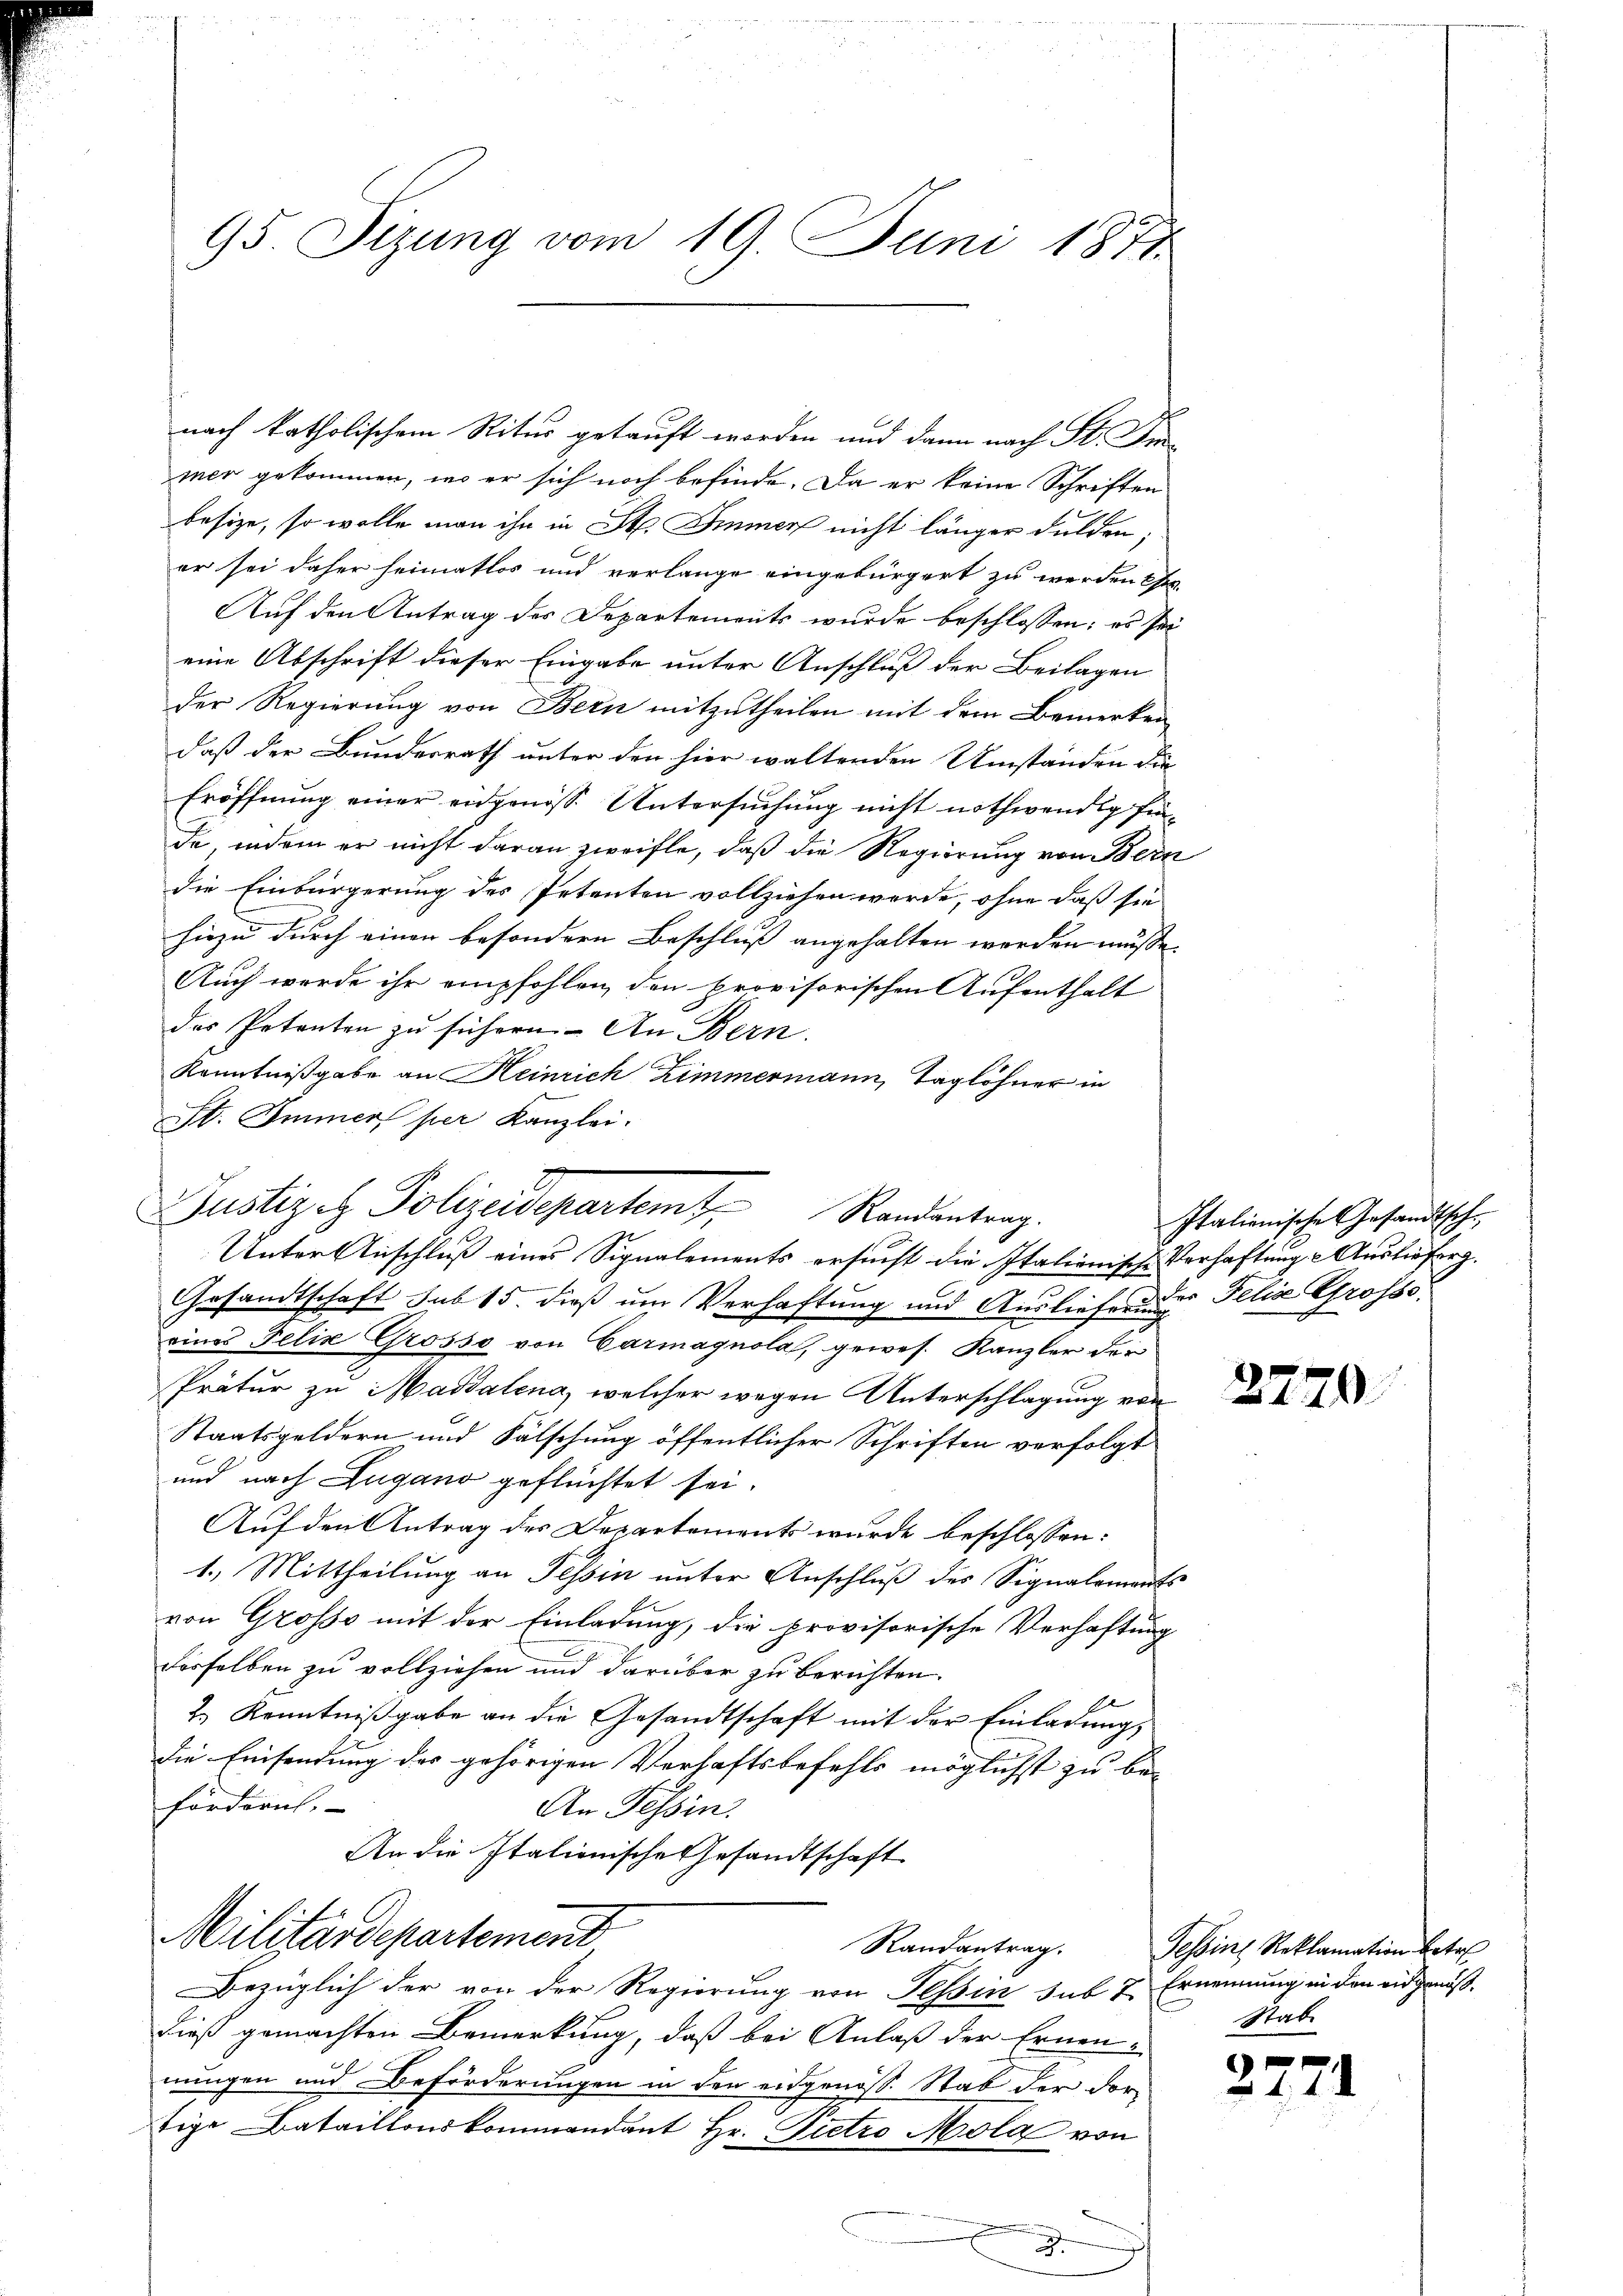
95 Sizung vom 19. Juni 1871

nach katholischem Ritus gekauft worden und dann nach St. Fin
mer gekommen, wo er sich noch befinde. Da er keine Schriften
besize, so wolle man ihn in St. Immer nicht länger dulden;
er sei daher heimatlos und verlange eingebürgert zu werden se
Auf den Antrag des Departements wurde beschlossen: es sei
eine Abschrift dieser Eingabe unter Anschluß der Beilagen
der Regierung von Bern mitzutheilen mit dem Bemerken
daß der Bundesrath unter den hier waltenden Umständen die
Eröffnung einer eidgenöss. Untersuchung nicht nothwendig finda, indem er nicht daran zweifle, daß die Regierung von Bern
die Einbürgerung des Petenten vollziehen werde, ohne daß sie
hiezu durch einen besondern Beschluß angehalten worden müsse.
Auch werde ihr empfohlen, den provisorischen Aufenthalt
des Petenten zu sichern. An Bern.
Kenntnißgabe an Heinrich Zimmermann, Taglöhner in
St. Immer per Kanzlei.
Unter Anschluß eines Signalements ersucht die Italionische Verhaftung Auslieferg.
Gesandtschaft sub 15. dieß um Verhaftung und Auslieferung Felis Grosse
eines Felix Grosso von Garmagnola, gewes. Kanzler der
Prätur zu Magdalena, welcher wegen Unterschlagung von
Staatsgeldern und Fälschung öffentlicher Schriften verfolgt
und nach Zugano geflüchtet sei.
Auf den Antrag des Departements wurde beschlossen:
1.) Mittheilung an Tessin unter Anschluß des Signalements
von Grosso mit der Einladung, die provisorische Verhaftung
derselben zu vollziehen und darüber zu berichten.
2.) Kenntniβgabe an die Gesandtschaft mit der Einladŭng,
die Einsendung der gehörigen Verhaftsbefehls möglichst zu be-
fördern.
An Tessin.
An die Italienische Gesandtschaft
Militärdepartement
Randantrag.
Bezüglich der von der Regierung von Tessin sub 7 Ernennung in den eidgenößdieß gemachten Bemerkung, daß bei Anlaß der Ernen-
nungen und Beförderungen in den eidgenöss. Stab der dortige Bataillonskommandant Hr. Pietro Mola von
.

Justiz et Polizeidepartemt, Randentrag.

Italienische Gesandtsche

3770.

Tessine Reklamation betre
Stab

s
e
 44 x